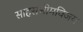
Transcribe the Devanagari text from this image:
साहसभीमविजय